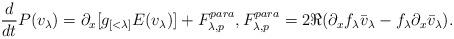
LaTeX: \begin{align*}\frac{d}{dt} P(v_\lambda) = \partial_x [g_{[<\lambda]} E(v_\lambda)] + F^{para}_{\lambda,p}, F^{para}_{\lambda,p} = 2 \Re( \partial_x f_\lambda \bar v_\lambda - f_\lambda \partial_x \bar v_\lambda).\end{align*}